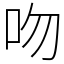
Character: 吻